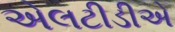
એલટીડીએ